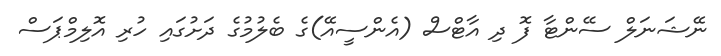
ނޭޝަނަލް ސެެންޓާ ފޮ ދި އާޓްސް (އެންސީއޭ)ގެ ބެލުމުގެ ދަށުގައި ހުރި އޮލިމްޕަސް